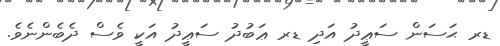
ޑރ ޙަސަން ސަޢީދު އަދި ޑރ ޢަބުދު ސަޢީދު އަކީ ވެސް ދެބެންނެވެ.